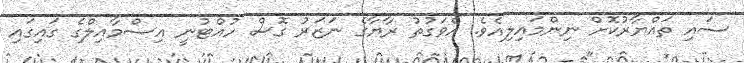
ސައި ތައްޔާރުކޮށް ނިންމައިލިއެވެ. އެވަގުތު ރާޔާގެ ނަޒަރު ގޮސް ހުއްޓުނީ އިސްމާއިލްގެ ގައިގައި